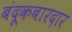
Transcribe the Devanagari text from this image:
बंदूकबारदार